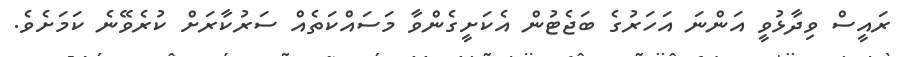
ރައީސް ވިދާޅުވީ އަންނަ އަހަރުގެ ބަޖެޓުން އެކަށީގެންވާ މަސައްކަތެއް ސަރުކާރަށް ކުރެވޭނެ ކަމަށެވެ.